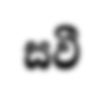
සවී